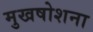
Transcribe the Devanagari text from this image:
मुखषोशना